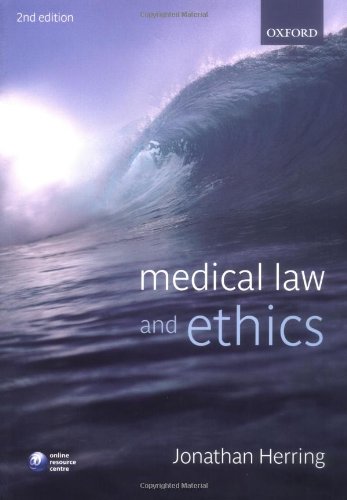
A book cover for Medical Law and Ethics; Jonathan Herring; Law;